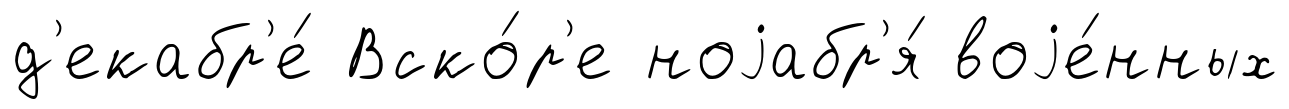
д'екабр'е́ Вско́р'е ноjабр'я́ воjе́нных